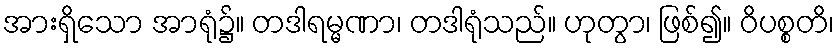
အားရှိသော အာရုံ၌။ တဒါရမ္မဏာ၊ တဒါရုံသည်။ ဟုတွာ၊ ဖြစ်၍။ ဝိပစ္စတိ၊